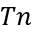
T n